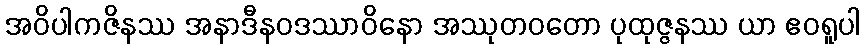
အဝိပါကဇိနဿ အနာဒီနဝဒဿာဝိနော အဿုတဝတော ပုထုဇ္ဇနဿ ယာ ဧဝရူပါ